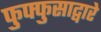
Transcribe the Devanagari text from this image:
फुफ्फुसाद्वारे